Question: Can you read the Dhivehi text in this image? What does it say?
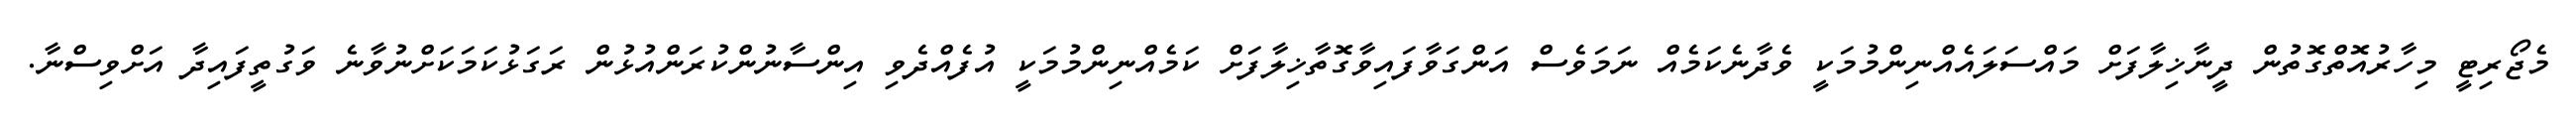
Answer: މެޖޯރިޓީ މިހާރުއޮތްގޮތުން ދީނާޚިލާފަށް މައްސަލައެއްނިންމުމަކީ ވެދާނެކަމެއް ނަމަވެސް އަންގަވާފައިވާގޮތާޚިލާފަށް ކަމެއްނިންމުމަކީ އުފެއްދެވި އިންސާނުންކުރަންއުޅުން ރަގަޅުކަމަކަށްނުވާނެ ވަގުތީފައިދާ އަށްވިސްނާ.